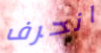
انحرف